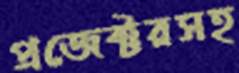
প্রজেক্টরসহ